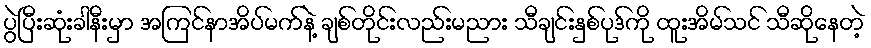
ပွဲပြီးဆုံးခါနီးမှာ အကြင်နာအိပ်မက်နဲ့ ချစ်တိုင်းလည်းမညား သီချင်းနှစ်ပုဒ်ကို ထူးအိမ်သင် သီဆိုနေတဲ့